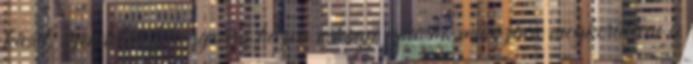
kicsit, szemtelen félvigyorra húzva vékony ajkaim, miközben megkerültem a